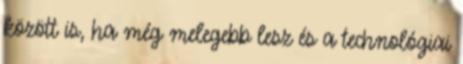
között is, ha még melegebb lesz és a technológiai